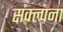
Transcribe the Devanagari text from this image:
सक्ल्पना